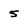
Character: 5